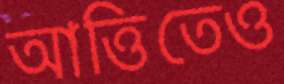
আত্তিতেও